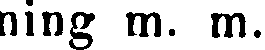
ning m. m.